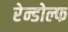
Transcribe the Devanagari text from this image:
रेन्डोल्फ